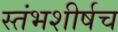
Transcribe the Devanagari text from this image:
स्तंभशीर्षच